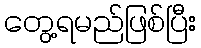
တွေ့ရမည်ဖြစ်ပြီး